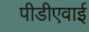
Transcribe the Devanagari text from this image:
पीडीएवाई